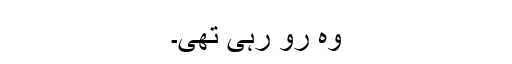
وہ رو رہی تھی۔